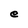
Character: e